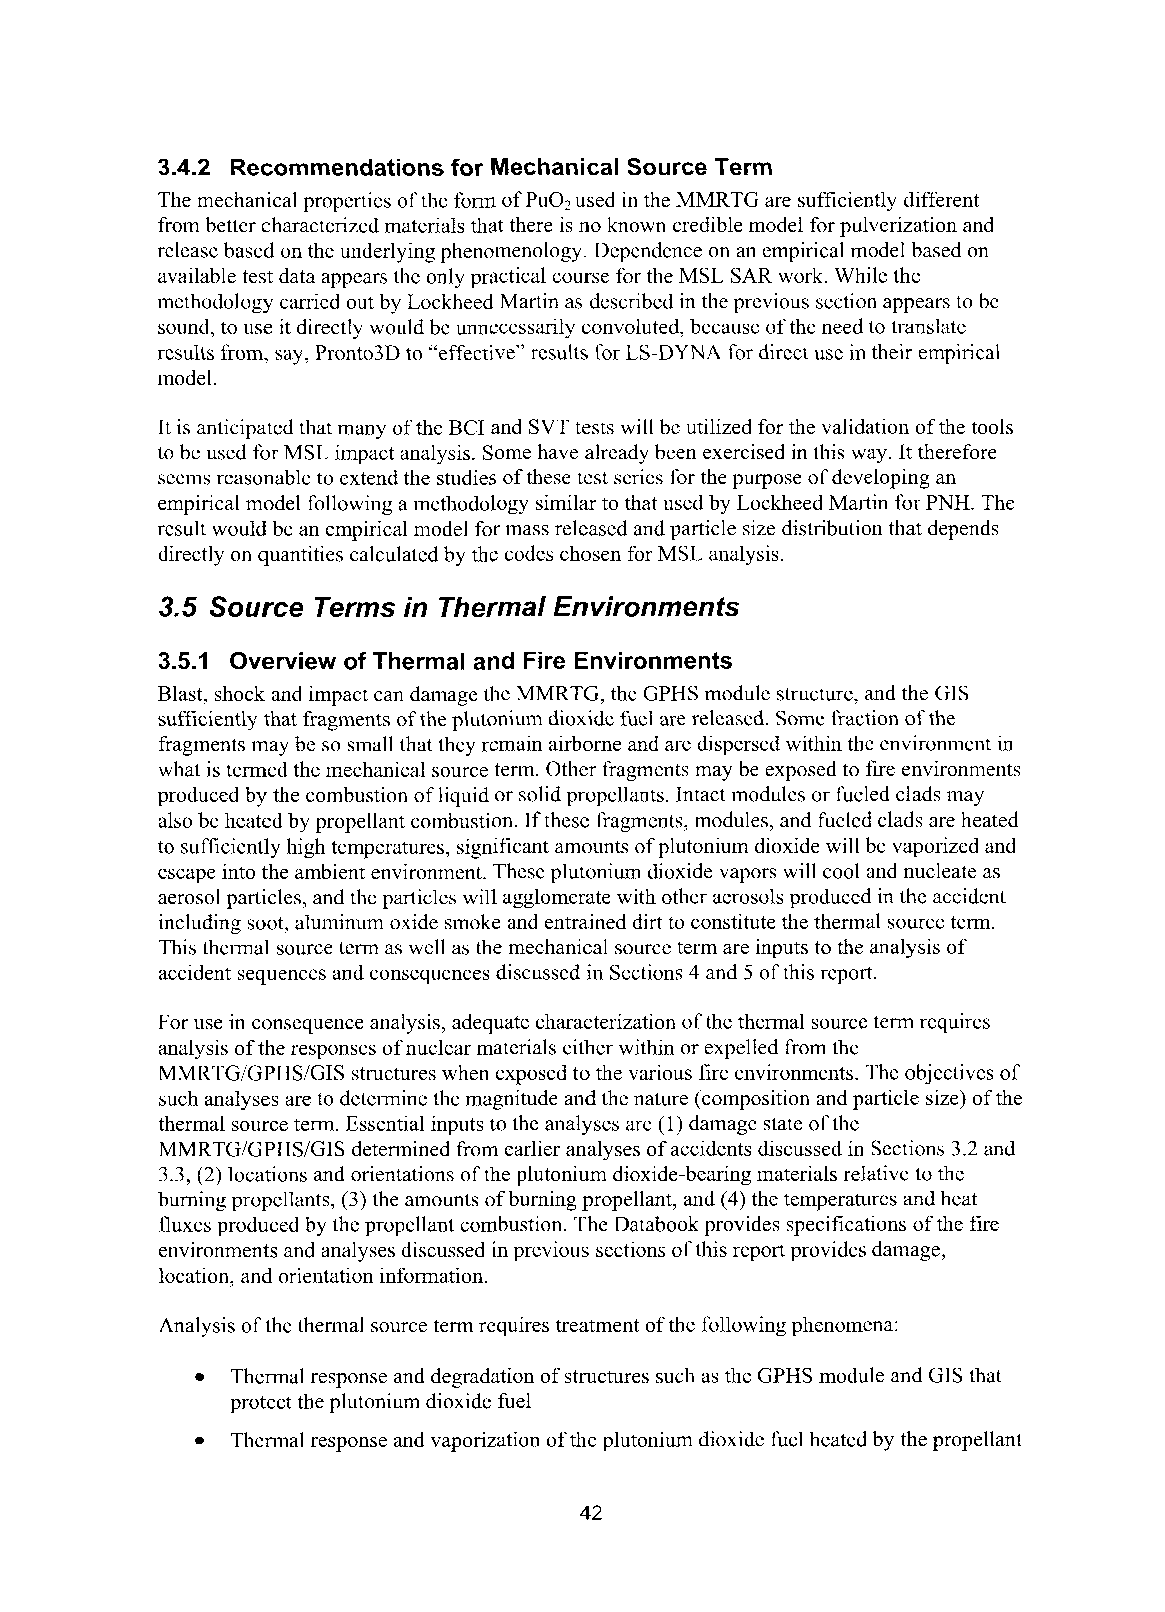
3.4.2 Recommendations for Mechanical Source Term
 The mechanical properties of the form of P u 0u~se d in the MMRTG are sufficiently different
 from better characterized materials that there is no known credible model for pulverization and
 release based on the underlying phenomenology. Dependence on an empirical model based on
 available test data appears the only practical course for the MSL SAR work. While the
 methodology carried out by Lockheed Martin as described in the previous section appears to be
 sound, to use it directly would be unnecessarily convoluted, because of the need to translate
 results from, say, Pronto3D to “effective” results for LS-DYNA for direct use in their empirical
 model.
 It is anticipated that many of the BCI and SVT tests will be utilized for the validation of the tools
 to be used for MSL impact analysis. Some have already been exercised in this way. It therefore
 seems reasonable to extend the studies of these test series for the purpose of developing an
 empirical model following a methodology similar to that used by Lockheed Martin for PNH. The
 result would be an empirical model for mass released and particle size distribution that depends
 directly on quantities calculated by the codes chosen for MSL analysis.
 3.5 Source Terms in Thermal Environments
 3.5.1 Overview of Thermal and Fire Environments
 Blast, shock and impact can damage the MMRTG, the GPHS module structure, and the GIS
 sufficiently that fragments of the plutonium dioxide fuel are released. Some fraction of the
 fragments may be so small that they remain airborne and are dispersed within the environment in
 what is termed the mechanical source term. Other fragments may be exposed to fire environments
 produced by the combustion of liquid or solid propellants. Intact modules or fueled clads may
 also be heated by propellant combustion. If these fragments, modules, and fueled clads are heated
 to sufficiently high temperatures, significant amounts of plutonium dioxide will be vaporized and
 escape into the ambient environment. These plutonium dioxide vapors will cool and nucleate as
 aerosol particles, and the particles will agglomerate with other aerosols produced in the accident
 including soot, aluminum oxide smoke and entrained dirt to constitute the thermal source term.
 This thermal source term as well as the mechanical source term are inputs to the analysis of
 accident sequences and consequences discussed in Sections 4 and 5 of this report.
 For use in consequence analysis, adequate characterization of the thermal source term requires
 analysis of the responses of nuclear materials either within or expelled from the
 MMRTGIGPHSIGIS structures when exposed to the various fire environments. The objectives of
 such analyses are to determine the magnitude and the nature (composition and particle size) of the
 thermal source term. Essential inputs to the analyses are (1) damage state of the
 MMRTG/GPHS/GIS determined from earlier analyses of accidents discussed in Sections 3.2 and
 3.3, (2) locations and orientations of the plutonium dioxide-bearing materials relative to the
 burning propellants, (3) the amounts of burning propellant, and (4) the temperatures and heat
 fluxes produced by the propellant combustion. The Databook provides specifications of the fire
 environments and analyses discussed in previous sections of this report provides damage,
 location, and orientation information.
 Analysis of the thermal source term requires treatment of the following phenomena:
 Thermal response and degradation of structures such as the GPHS module and GIS that
 protect the plutonium dioxide fuel
 Thermal response and vaporization of the plutonium dioxide fuel heated by the propellant
 42